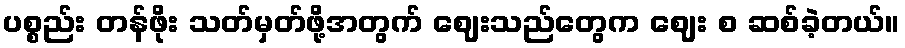
ပစ္စည်း တန်ဖိုး သတ်မှတ်ဖို့အတွက် ဈေးသည်တွေက ဈေး စ ဆစ်ခဲ့တယ်။